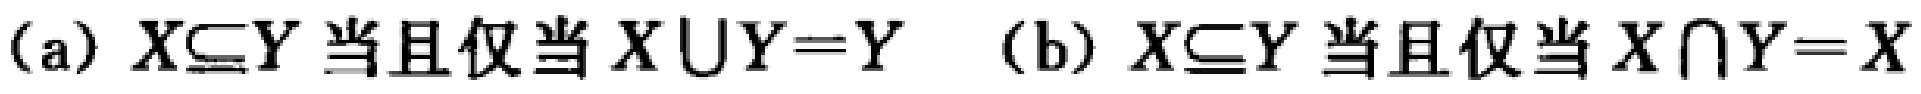
(a) $X\subseteq Y$ 当且仅当 $X\cup Y = Y$  (b) $X\subseteq Y$ 当且仅当 $X\cap Y = X$